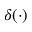
\delta ( \cdot )